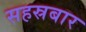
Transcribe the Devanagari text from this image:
सहस्रबार